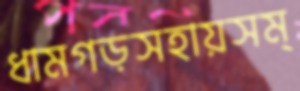
ধামগড়সহায়সম্